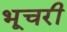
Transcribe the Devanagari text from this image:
भूचरी